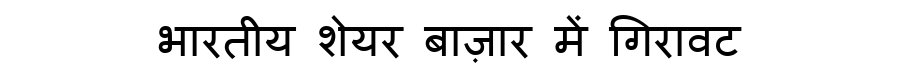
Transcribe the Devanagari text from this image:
भारतीय शेयर बाज़ार में गिरावट